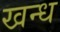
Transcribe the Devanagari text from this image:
खन्ध